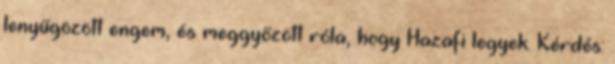
lenyűgözött engem, és meggyőzött róla, hogy Hazafi legyek. Kérdés: